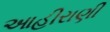
આહીરાણી